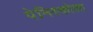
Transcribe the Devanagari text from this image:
पेनिस्कोला